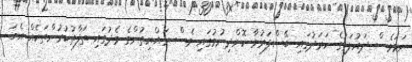
ނަމަވެސް ދައުލަތުގެ ހަރަދުގައި ބޭސްފަރުވާ ކޮށްދިނުމުގައި ވެސް ރައްޔިތުންގެ މެދުގައި ތަފާތުކުރުންތަކެއް އެބަ